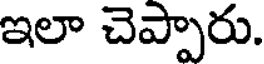
ఇలా చెప్పారు.